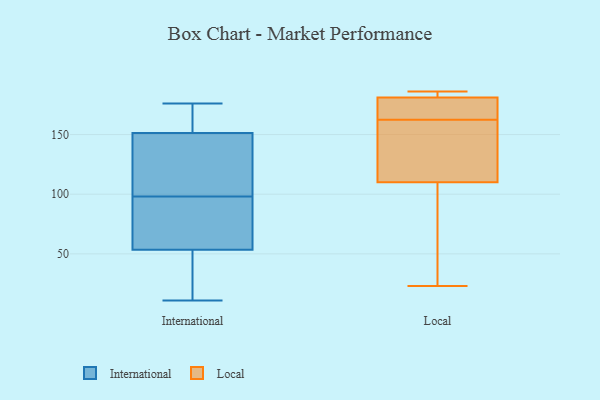
{"axis": {"x": "Population (Million)", "y": "Value"}, "legend": ["International", "Local"], "data": [{"x": "", "y": 58, "type": "International"}, {"x": "", "y": 94, "type": "International"}, {"x": "", "y": 176, "type": "International"}, {"x": "", "y": 39, "type": "International"}, {"x": "", "y": 40, "type": "International"}, {"x": "", "y": 174, "type": "International"}, {"x": "", "y": 63, "type": "International"}, {"x": "", "y": 105, "type": "International"}, {"x": "", "y": 98, "type": "International"}, {"x": "", "y": 148, "type": "International"}, {"x": "", "y": 11, "type": "International"}, {"x": "", "y": 125, "type": "International"}, {"x": "", "y": 161, "type": "International"}, {"x": "", "y": 142, "type": "Local"}, {"x": "", "y": 179, "type": "Local"}, {"x": "", "y": 117, "type": "Local"}, {"x": "", "y": 181, "type": "Local"}, {"x": "", "y": 186, "type": "Local"}, {"x": "", "y": 156, "type": "Local"}, {"x": "", "y": 169, "type": "Local"}, {"x": "", "y": 181, "type": "Local"}, {"x": "", "y": 23, "type": "Local"}, {"x": "", "y": 185, "type": "Local"}, {"x": "", "y": 86, "type": "Local"}, {"x": "", "y": 103, "type": "Local"}]}